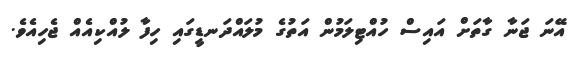
އޭނަ ޖަނާ ގާތަށް އައިސް ހުއްޓިލަމުން އަތުގެ މުލައްދަނޑީގައި ހިފާ ލުއްކިއެއް ޖެހިއެވެ.